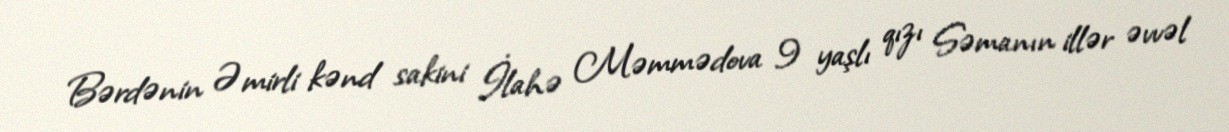
Bərdənin Əmirli kənd sakini İlahə Məmmədova 9 yaşlı qızı Səmanın illər əvvəl